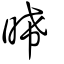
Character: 晞